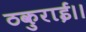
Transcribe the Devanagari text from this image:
ठकुराई।।